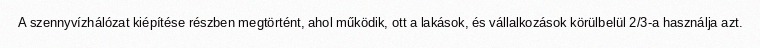
A szennyvízhálózat kiépítése részben megtörtént, ahol működik, ott a lakások, és vállalkozások körülbelül 2/3-a használja azt.